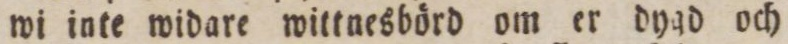
wi inte widare wittnesbörd om er dygd och